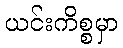
ယင်းကိစ္စမှာ